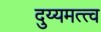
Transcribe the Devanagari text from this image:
दुय्यमत्त्व